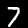
Digit: 7